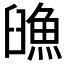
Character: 𩶿